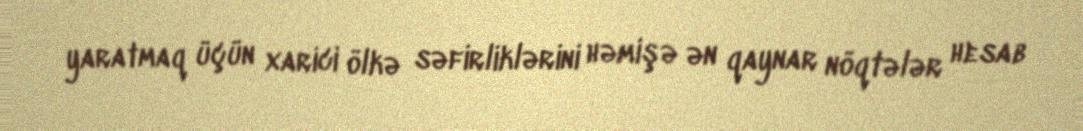
yaratmaq üçün xarici ölkə səfirliklərini həmişə ən qaynar nöqtələr hesab